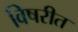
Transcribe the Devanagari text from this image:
विषरीत